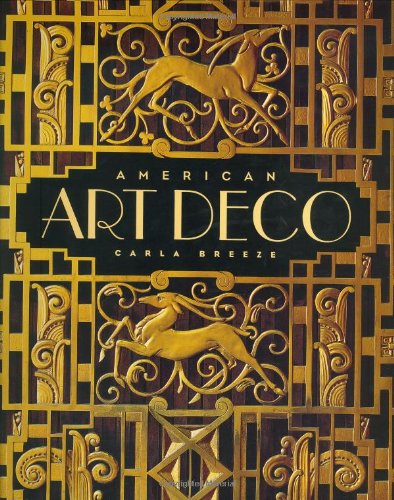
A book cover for American Art Deco:  Architecture and Regionalism; Carla Breeze; Arts & Photography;